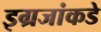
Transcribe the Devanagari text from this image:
इग्रजांकडे